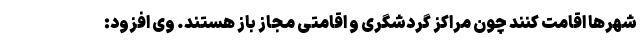
شهرها اقامت کنند چون مراکز گردشگری و اقامتی مجاز باز هستند. وی افزود: